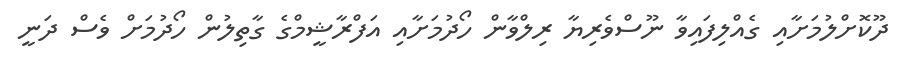
ދޫކޮށްލުމަށާއި ގެއްލިފައިވާ ނޫސްވެރިޔާ ރިލްވާން ހޯދުމަށާއި އަފްރާޝީމްގެ ގާތިލުން ހޯދުމަަށް ވެސް ދަނީ